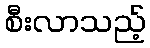
စီးလာသည့်